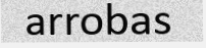
arrobas